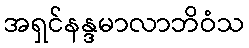
အရှင်နန္ဒမာလာဘိဝံသ